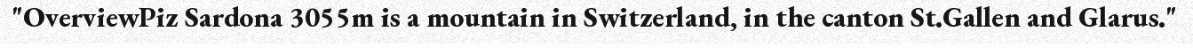
"OverviewPiz Sardona 3055m is a mountain in Switzerland, in the canton St.Gallen and Glarus."